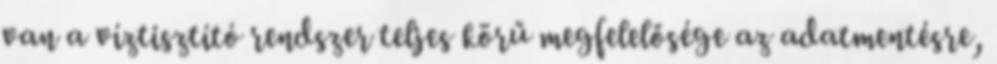
van a víztisztító rendszer teljes körű megfelelősége az adatmentésre,